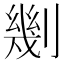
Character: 𠟣